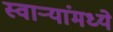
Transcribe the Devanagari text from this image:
स्वाऱ्यांमध्ये